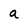
Character: a